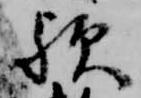
歟